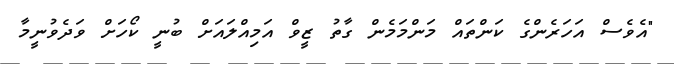
"އެވެސް އަހަރެންގެ ކަންތައް މަންމަމެން ގާތު ޒީވް އަމިއްލައަށް ބުނީ ކޯހަށް ވަދެވުނީމާ